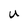
Character: U